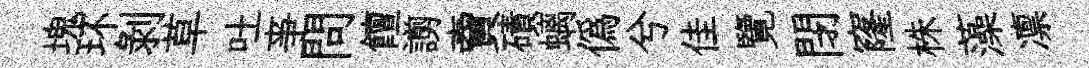
塊环剥草吐亊問饘謭𧶠磧螭偽兮佳覽閉窿株藻凛